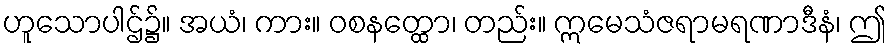
ဟူသောပါဌ်၌။ အယံ၊ ကား။ ဝစနတ္ထော၊ တည်း။ ဣမေသံဇရာမရဏာဒီနံ၊ ဤ